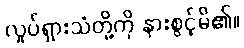
လှုပ်ရှားသံတို့ကို နားစွင့်မိ၏။